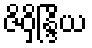
ဇိဝှိန္ဒြိယ